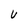
Character: U